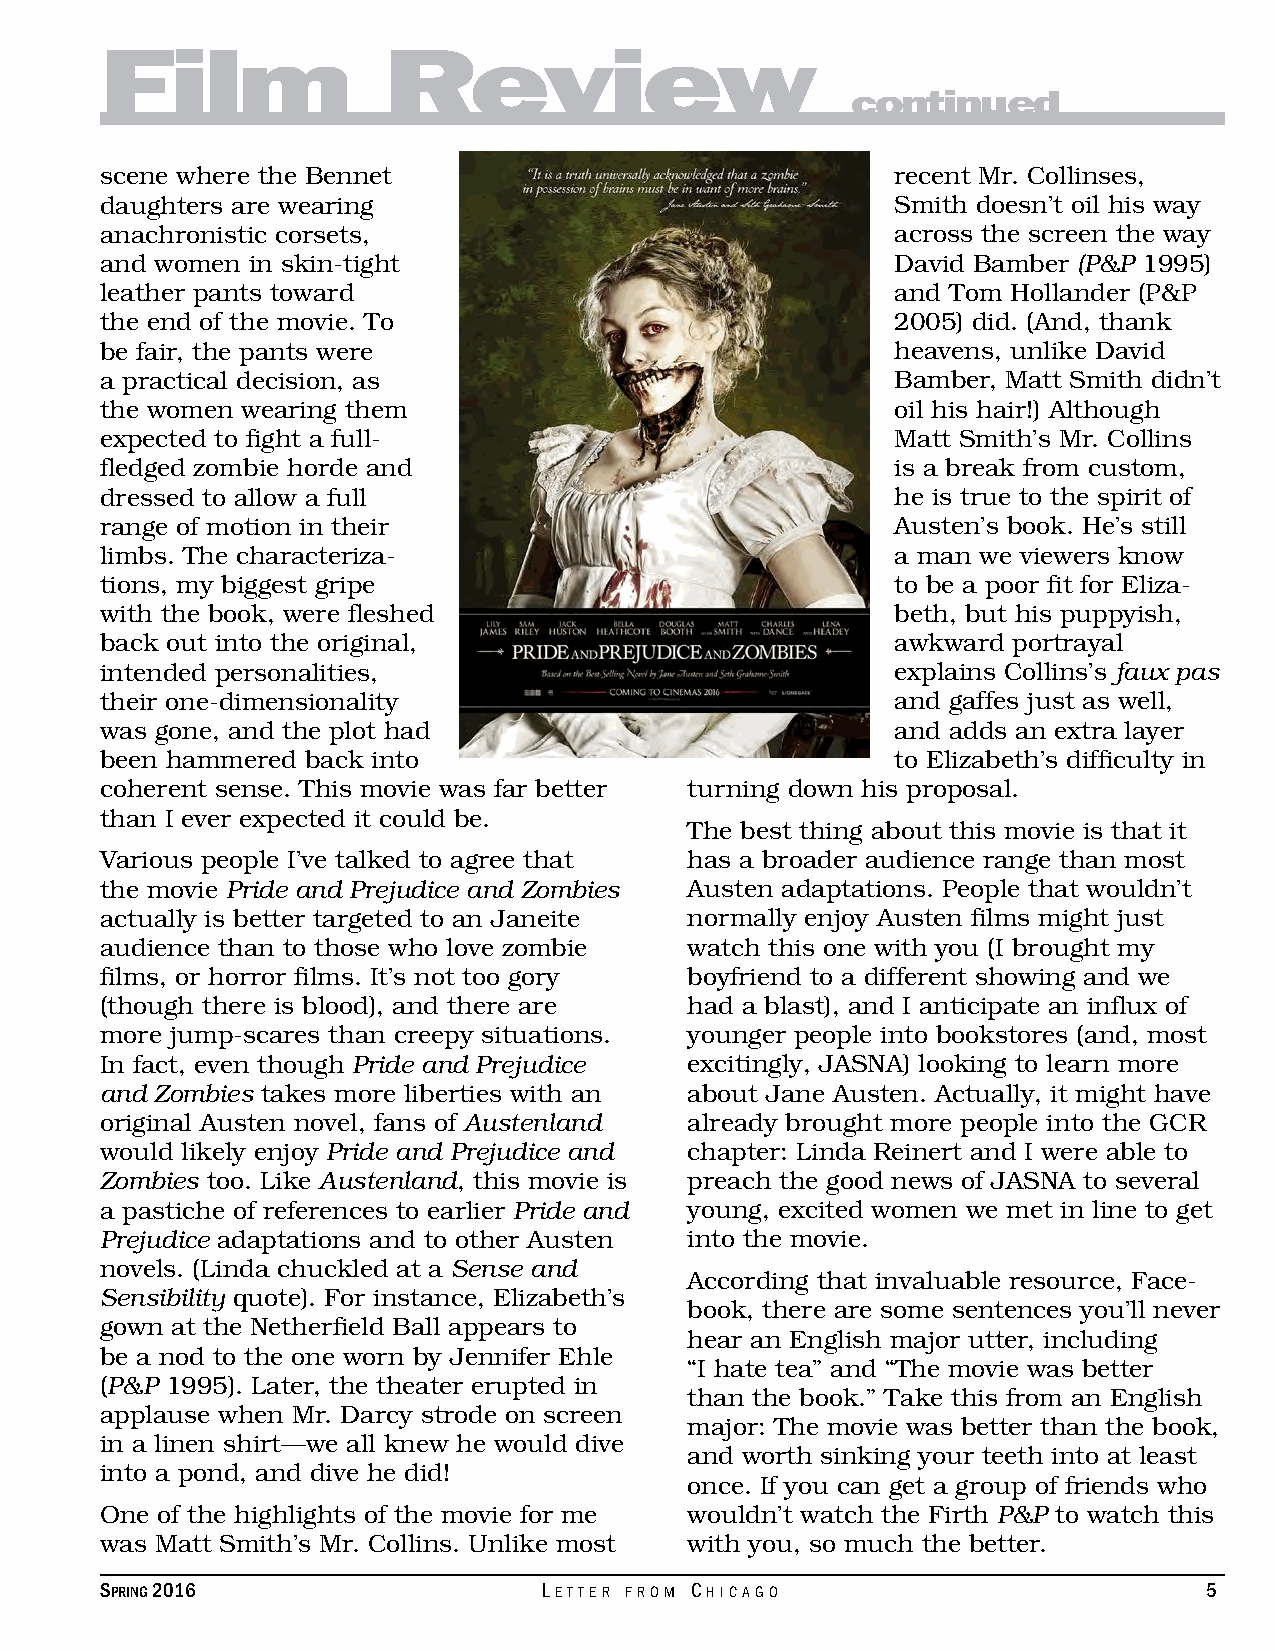
Film              Review
 continued
 scene where the Bennet                              recent Mr. Collinses,
 daughters are wearing                               Smith doesn’t oil his way
 anachronistic corsets,                              across the screen the way
 and women in skin-tight                             David Bamber (P&P 1995)
 leather pants toward                                and Tom Hollander (P&P
 the end of the movie. To                            2005) did. (And, thank
 be fair, the pants were                             heavens, unlike David
 a practical decision, as                            Bamber, Matt Smith didn’t
 the women wearing them                              oil his hair!) Although
 expected to fight a full-                           Matt Smith’s Mr. Collins
 fledged zombie horde and                            is a break from custom,
 dressed to allow a full                             he is true to the spirit of
 range of motion in their                            Austen’s book. He’s still
 limbs. The characteriza-                            a man we viewers know
 tions, my biggest gripe                             to be a poor fit for Eliza-
 with the book, were fleshed                         beth, but his puppyish,
 back out into the original,                         awkward portrayal
 intended personalities,                             explains Collins’s faux pas
 their one-dimensionality                            and gaffes just as well,
 was gone, and the plot had                          and adds an extra layer
 been hammered back into                             to Elizabeth’s difficulty in
 coherent sense. This movie was far better turning down his proposal.
 than I ever expected it could be.
 The best thing about this movie is that it
 Various people I’ve talked to agree that has a broader audience range than most
 the movie Pride and Prejudice and Zombies Austen adaptations. People that wouldn’t
 actually is better targeted to an Janeite normally enjoy Austen films might just
 audience than to those who love zombie watch this one with you (I brought my
 films, or horror films. It’s not too gory boyfriend to a different showing and we
 (though there is blood), and there are had a blast), and I anticipate an influx of
 more jump-scares than creepy situations. younger people into bookstores (and, most
 In fact, even though Pride and Prejudice excitingly, JASNA) looking to learn more
 and Zombies takes more liberties with an about Jane Austen. Actually, it might have
 original Austen novel, fans of Austenland already brought more people into the GCR
 would likely enjoy Pride and Prejudice and chapter: Linda Reinert and I were able to
 Zombies too. Like Austenland, this movie is preach the good news of JASNA to several
 a pastiche of references to earlier Pride and young, excited women we met in line to get
 Prejudice adaptations and to other Austen into the movie.
 novels. (Linda chuckled at a Sense and
 According that invaluable resource, Face-
 Sensibility quote). For instance, Elizabeth’s
 book, there are some sentences you’ll never
 gown at the Netherfield Ball appears to
 hear an English major utter, including
 be a nod to the one worn by Jennifer Ehle
 “I hate tea” and “The movie was better
 (P&P 1995). Later, the theater erupted in
 than the book.” Take this from an English
 applause when Mr. Darcy strode on screen
 major: The movie was better than the book,
 in a linen shirt—we all knew he would dive
 and worth sinking your teeth into at least
 into a pond, and dive he did!
 once. If you can get a group of friends who
 One of the highlights of the movie for me wouldn’t watch the Firth P&P to watch this
 was Matt Smith’s Mr. Collins. Unlike most with you, so much the better.
 Spring 2016                  Letter from ChiCago                         5